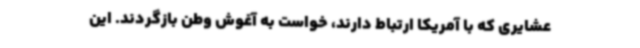
عشایری که با آمریکا ارتباط دارند، خواست به آغوش وطن بازگردند. این